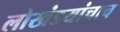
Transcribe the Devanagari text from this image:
लोखंडयांचाच